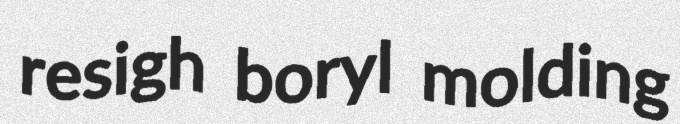
resigh boryl molding